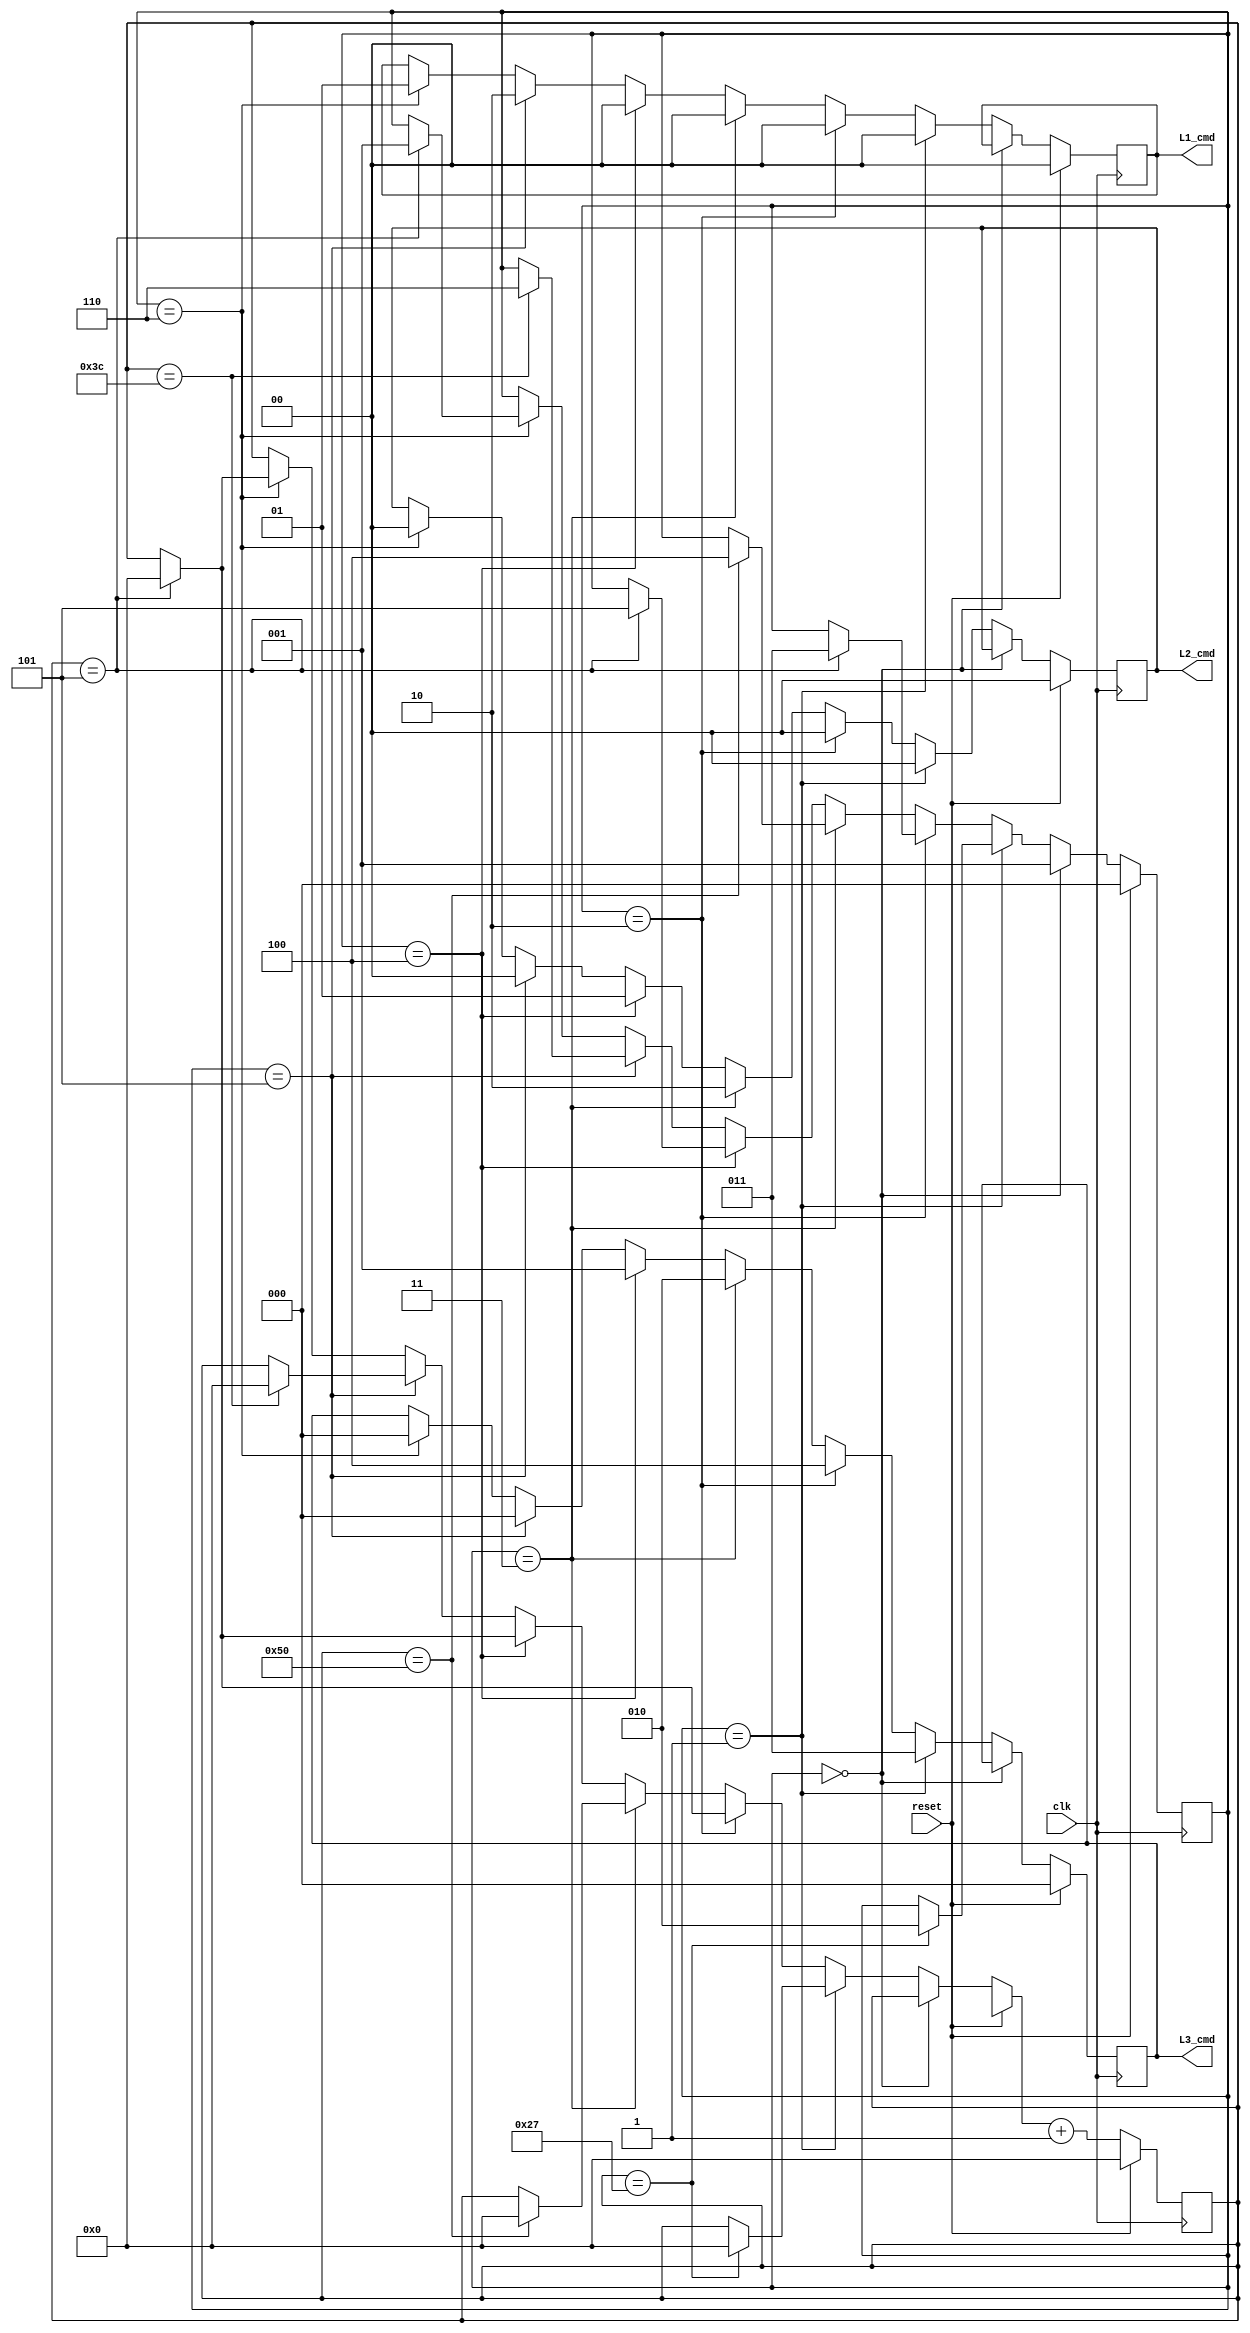
module control(clk,reset,L1_cmd,L2_cmd,L3_cmd);
input clk,reset;
output [1:0] L1_cmd;
output [1:0] L2_cmd;
output [2:0] L3_cmd;

reg [1:0] L1_cmd;
reg [1:0] L2_cmd;
reg [2:0] L3_cmd;

reg [6:0] counter;
reg [2:0] state;
always@(posedge clk)
begin
  if(reset==1)
    begin
//all red
      L1_cmd=0;
      L2_cmd=0;
      L3_cmd=0;
      counter=0;
      state=0;
    end
  else
   begin
//main code
     if (state==0)
       state=1;
     else if (state==1)
       begin
       L3_cmd=3; //green and left
       L2_cmd=0; //red
       L1_cmd=0; //red   

       if(counter==39)
        begin
          counter=0;
          state=2;
        end      
       end 
    else if (state==2)
        begin
       L3_cmd=4; //green and yellow
       L2_cmd=0; //red
       L1_cmd=0; //red   

       if(counter==5)
        begin
          counter=0;
          state=3;
        end      
       end 
  else if (state==3)
        begin
       L3_cmd=2; //green
       L2_cmd=2; //green
       L1_cmd=0; //red   

       if(counter==80)
        begin
          counter=0;
          state=4;
        end      
       end 
else if (state==4)
        begin
       L3_cmd=1; //yellow
       L2_cmd=1; //yellow
       L1_cmd=0; //red   

       if(counter==5)
        begin
          counter=0;
          state=5;
        end      
       end 
else if (state==5)
        begin
       L3_cmd=0; //red
       L2_cmd=0; //red
       L1_cmd=2; //left   

       if(counter==60)
        begin
          counter=0;
          state=6;
        end   
       end 
else if (state==6)
        begin
       L3_cmd=0; //red
       L2_cmd=0; //red
       L1_cmd=1; //yellow   

       if(counter==5)
        begin
          counter=0;
          state=1;
        end   
       end 


   counter=counter+1;
   end

end

endmodule